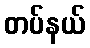
တပ်နယ်